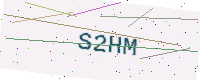
Text: S2HM